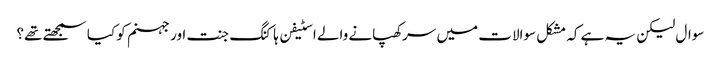
سوال لیکن یہ ہے کہ مشکل سوالات میں سرکھپانے والے اسٹیفن ہاکنگ جنت اور جہنم کو کیا سمجھتے تھے؟